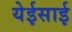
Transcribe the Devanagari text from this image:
येईसाई